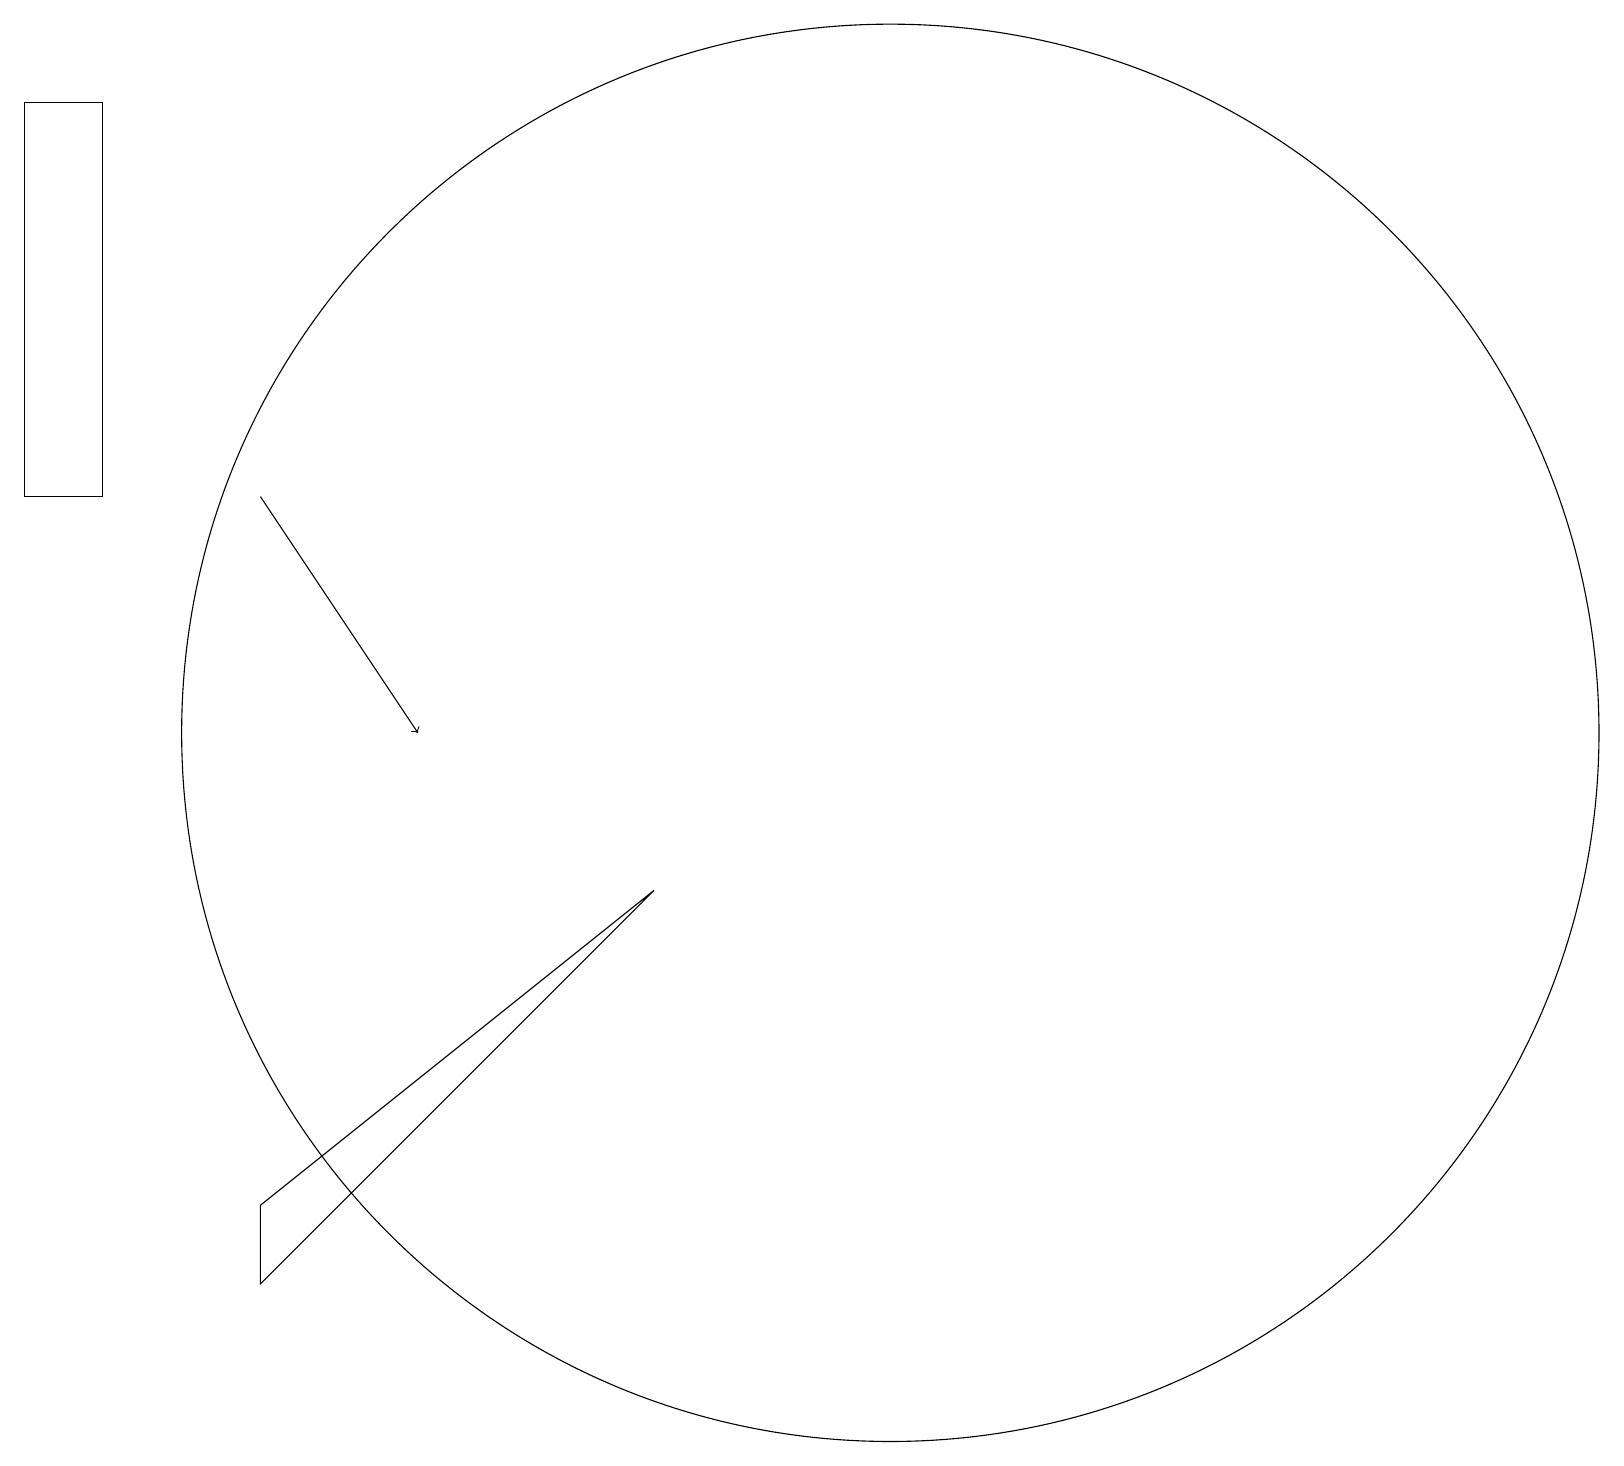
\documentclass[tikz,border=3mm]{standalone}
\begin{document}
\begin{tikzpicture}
\draw (9,9) -- (4,4) -- (4,5) -- cycle;
\draw[->] (4,14) -- (6,11);
\draw (12,11) circle (9);
\draw (2,19) rectangle (1,14);
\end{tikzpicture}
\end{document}